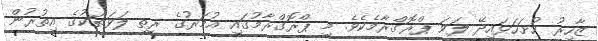
ޒާހިރު ހުށަހަޅައިދޭ ލަވަ ޕްރޮގްރާމެކެވެ. މި ޕްރޮގްރާމުގައި އުމަރުގެ ރީތި ލަވަތަކުގެ އިތުރުން